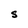
Character: S